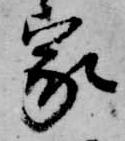
家